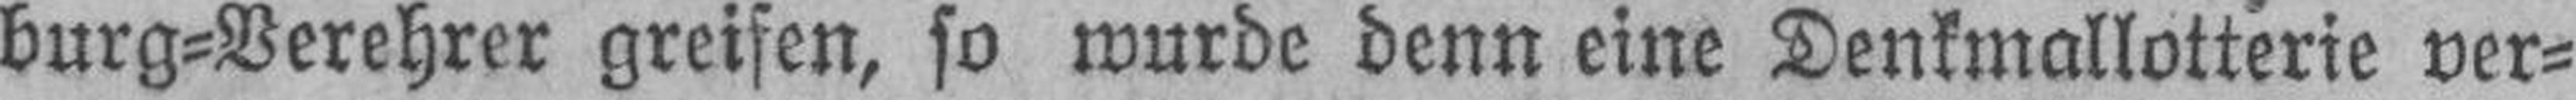
burg=Verehrer greifen, so wurde denn eine Denkmallotterie ver¬